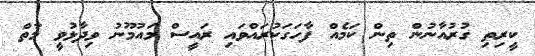
ކީރިތި ގުރުއާނުން ތިން ކަމެއް ފާހަގަކުރައްވައި ރައީސް މައުމޫނު ވިދާޅުވީ މާތް